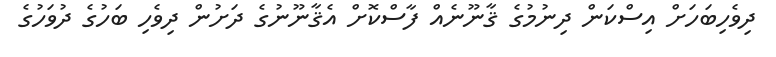
ދިވެހިބަހަށް އިސްކަން ދިނުމުގެ ޤާނޫނެއް ފާސްކޮށް އެޤާނޫނުގެ ދަށުން ދިވެހި ބަހުގެ ދުވަހުގެ